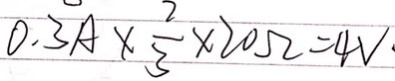
0 . 3 A \times \frac { 2 } { 3 } \times 2 0 \Omega = 4 V \cdot